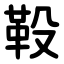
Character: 䩔